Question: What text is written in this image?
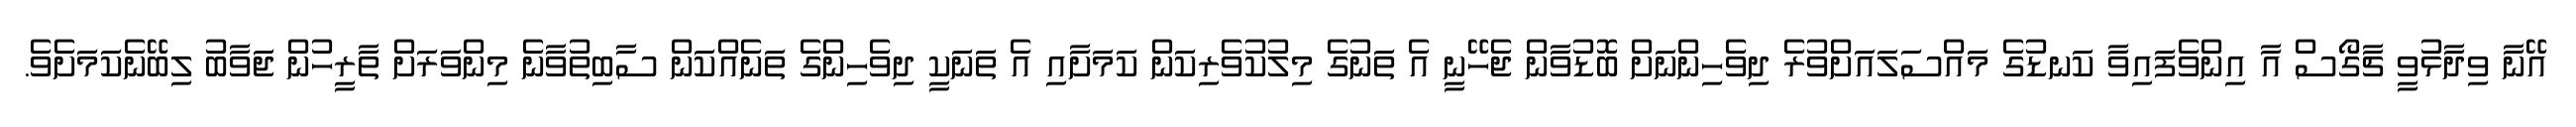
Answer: އޭނާ ވިދާޅުވީ ޗާގޯސް އާ އިންވެފައިވާ ކަނޑުގެ މައްސަލައަށްވުރެ ދިވެހިންނަށް ބޮޑުވާން ޖެހޭނީ އެ ތަނުގެ މިލުކުވެރިކަން ކަމަށާއި އެ ތަނަކީ ދިވެހިންގެ ތަނެއްކަން ސާބިތުވާނެ މިންވަރަށް ތާރީހުން ޖަވާބު ލިބޭނެކަމަށެވެ.